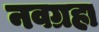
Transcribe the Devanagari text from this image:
नवग्रहा